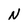
Character: N